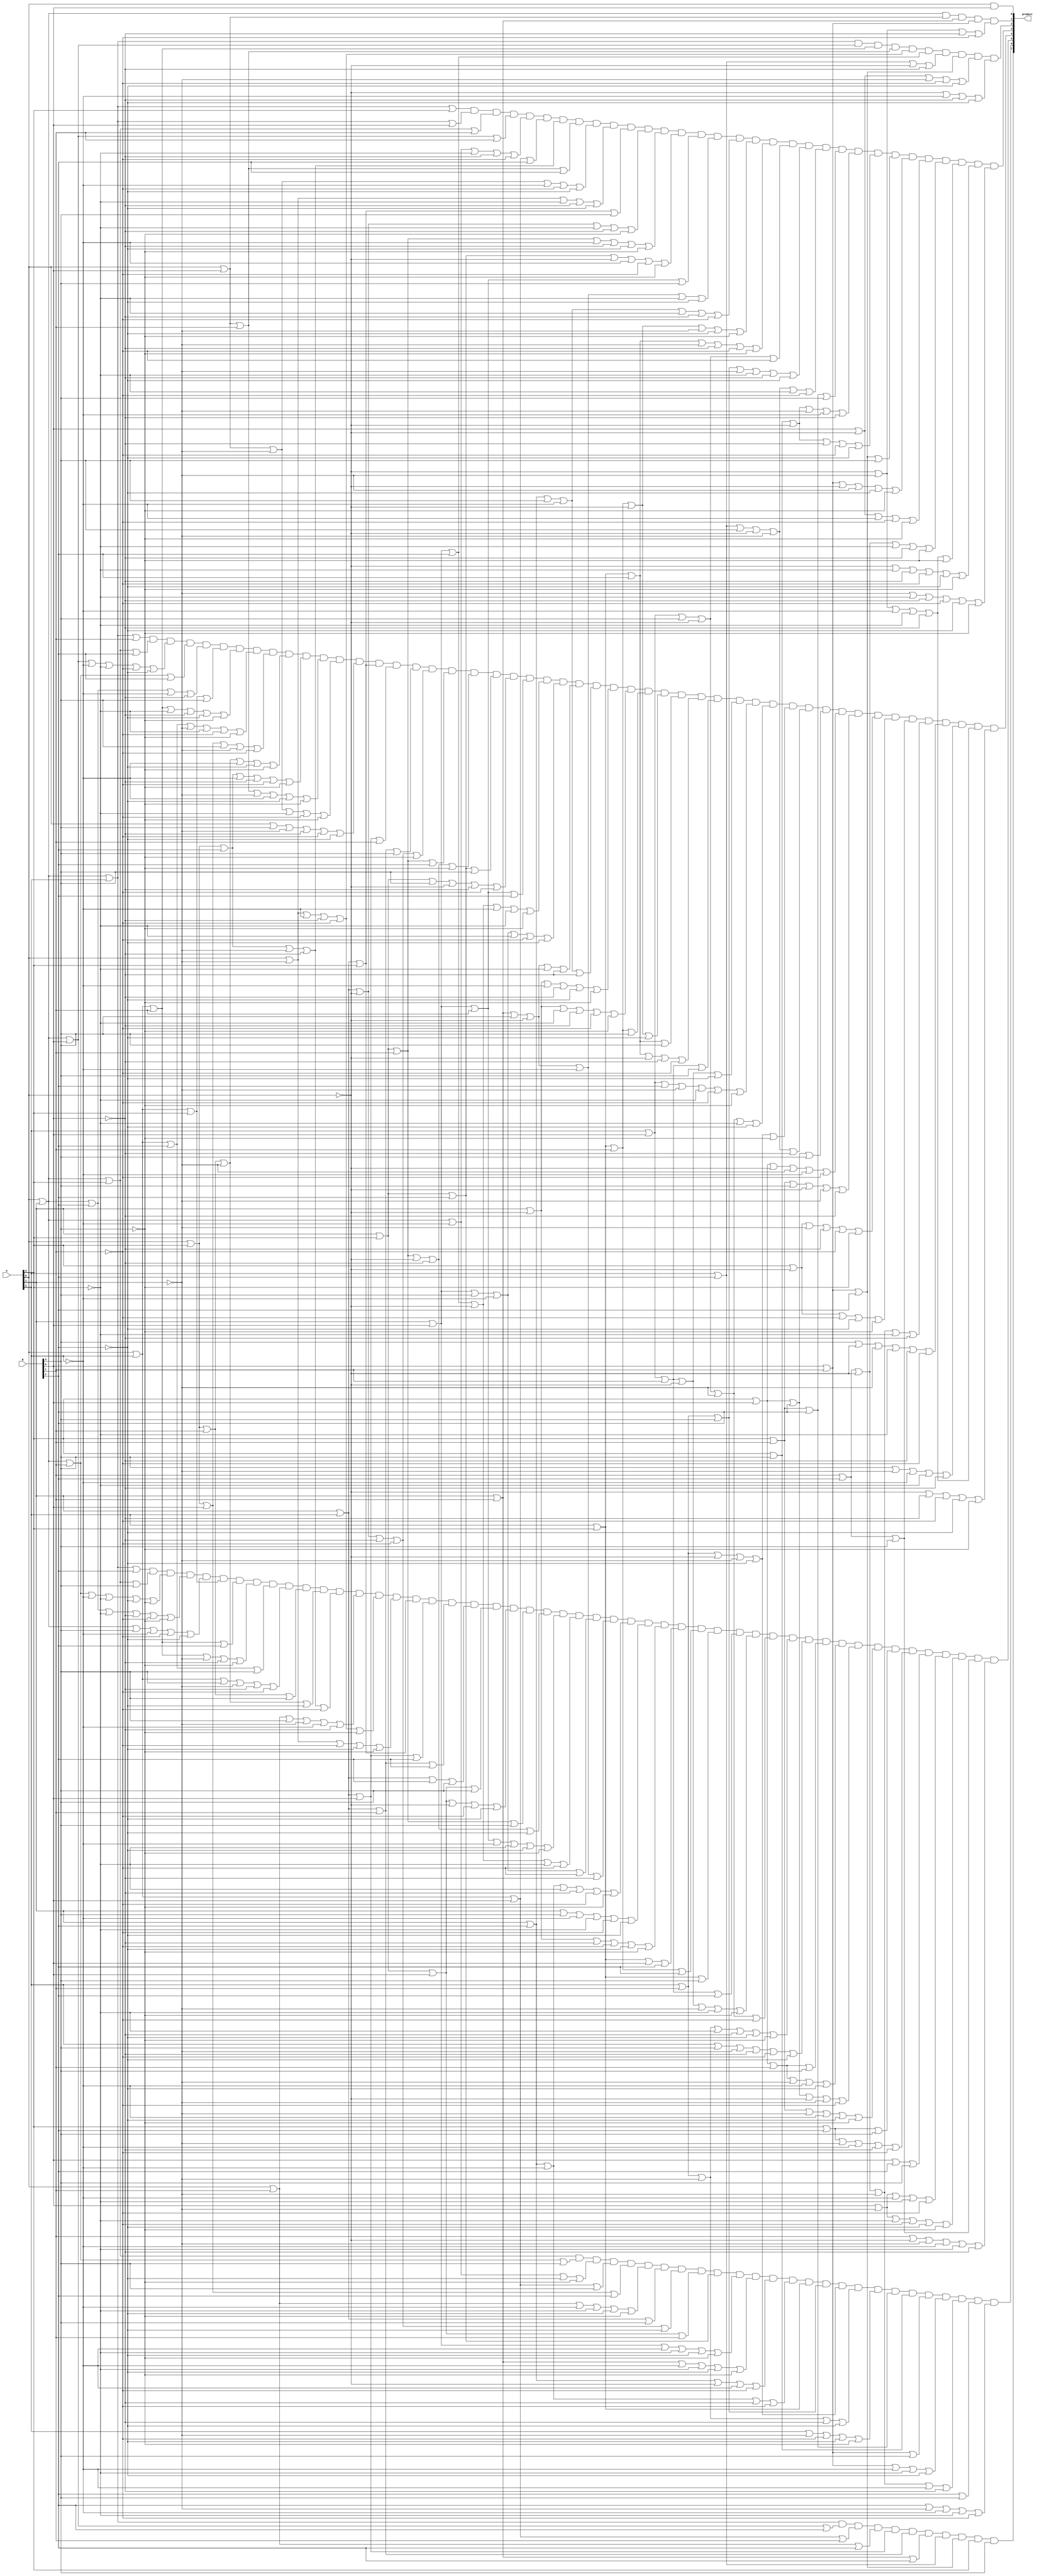
/*
 * Area: 899.648079
 * Power: 0.2020mW
 * Timing: 0.60
 */
module reduced_multiplier_4(output wire [7:0] product,
                            input wire [3:0] A, B);

    assign product[0] = A[0] & B[0];
    assign product[1] = (A[0] | A[1]) & (A[0] | B[0]) & (A[1] | B[1]) & (B[0] | B[1]) & (~A[0] | ~A[1] | ~B[0] | ~B[1]);
    assign product[2] = (A[0] | A[1] | A[2]) & (A[0] | A[1] | B[0]) & (A[0] | A[2] | B[1]) & (A[0] | B[0] | B[1]) & (A[0] | ~A[1] | ~A[2] | ~B[0] | ~B[1]) & (A[1] | B[0] | B[2]) & (A[2] | B[2] | ~A[0] | ~B[0]) & (B[0] | B[1] | B[2]) & (B[0] | ~A[0] | ~A[1] | ~B[1] | ~B[2]) & (~A[0] | ~A[2] | ~B[0] | ~B[2]);
    assign product[3] = (A[0] | A[1] | A[2] | A[3]) & (A[0] | A[1] | A[2] | B[0]) & (A[0] | A[1] | A[3] | B[1]) & (A[0] | A[1] | B[0] | B[1]) & (A[0] | A[1] | ~A[2] | ~A[3] | ~B[0] | ~B[1]) & (A[0] | A[2] | B[0] | B[2]) & (A[0] | A[3] | B[2] | ~A[1] | ~B[0]) & (A[0] | B[0] | B[1] | B[2]) & (A[0] | B[0] | ~A[1] | ~A[2] | ~B[1] | ~B[2]) & (A[0] | ~A[1] | ~A[3] | ~B[0] | ~B[2]) & (A[1] | A[2] | A[3] | B[3]) & (A[1] | A[2] | ~A[0] | ~A[3] | ~B[0] | ~B[3]) & (A[1] | A[3] | B[1] | ~A[2] | ~B[0] | ~B[2] | ~B[3]) & (A[1] | A[3] | B[2] | ~A[0] | ~A[2] | ~B[1] | ~B[3]) & (A[1] | B[0] | B[1] | B[3]) & (A[1] | B[1] | B[3] | ~A[0] | ~A[2] | ~A[3] | ~B[2]) & (A[1] | B[2] | B[3] | ~A[2] | ~A[3] | ~B[0] | ~B[1]) & (A[2] | A[3] | B[1] | ~A[0] | ~A[1] | ~B[2] | ~B[3]) & (A[2] | A[3] | B[2] | ~A[1] | ~B[0] | ~B[1] | ~B[3]) & (A[2] | B[0] | B[3] | ~A[0] | ~B[1]) & (A[2] | B[1] | B[3] | ~A[1] | ~A[3] | ~B[0] | ~B[2]) & (A[2] | B[2] | B[3] | ~A[0] | ~A[1] | ~A[3] | ~B[1]) & (A[3] | B[1] | B[2] | B[3]) & (A[3] | B[3] | ~A[0] | ~A[1] | ~A[2] | ~B[0]) & (A[3] | B[3] | ~A[0] | ~B[0] | ~B[1] | ~B[2]) & (B[0] | B[1] | B[2] | B[3]) & (B[0] | B[1] | ~A[0] | ~A[1] | ~B[2] | ~B[3]) & (B[0] | ~A[0] | ~A[2] | ~B[1] | ~B[3]) & (B[1] | B[2] | ~A[0] | ~A[3] | ~B[0] | ~B[3]) & (~A[0] | ~A[1] | ~A[2] | ~A[3] | ~B[0] | ~B[3]) & (~A[0] | ~A[3] | ~B[0] | ~B[1] | ~B[2] | ~B[3]) & (~A[1] | ~A[3] | ~B[0] | ~B[1] | ~B[2] | ~B[3]);
    assign product[4] = (A[0] | A[1] | A[2] | B[1]) & (A[0] | A[1] | A[3] | B[2]) & (A[0] | A[1] | B[0] | ~A[2] | ~A[3] | ~B[1] | ~B[2]) & (A[0] | A[1] | B[1] | B[2]) & (A[0] | A[1] | B[2] | ~A[2] | ~B[0]) & (A[0] | A[2] | A[3] | B[3]) & (A[0] | A[2] | B[1] | ~A[3] | ~B[0] | ~B[2] | ~B[3]) & (A[0] | A[2] | B[2] | ~A[1] | ~A[3] | ~B[1] | ~B[3]) & (A[0] | A[3] | B[0] | B[3] | ~A[1] | ~B[1]) & (A[0] | A[3] | B[1] | ~A[1] | ~A[2] | ~B[2] | ~B[3]) & (A[0] | A[3] | B[2] | ~A[2] | ~B[0] | ~B[1] | ~B[3]) & (A[0] | B[0] | B[1] | ~A[1] | ~A[2] | ~B[2] | ~B[3]) & (A[0] | B[0] | ~A[1] | ~A[3] | ~B[1] | ~B[3]) & (A[0] | B[3] | ~A[1] | ~B[0] | ~B[1] | ~B[2]) & (A[1] | A[2] | A[3]) & (A[1] | A[2] | B[0] | B[1]) & (A[1] | A[2] | B[1] | B[3]) & (A[1] | A[2] | ~A[0] | ~B[0] | ~B[1] | ~B[3]) & (A[1] | A[3] | B[1] | B[2]) & (A[1] | A[3] | B[1] | ~A[0] | ~B[0] | ~B[3]) & (A[1] | A[3] | B[2] | B[3]) & (A[1] | A[3] | B[3] | ~A[0] | ~B[0] | ~B[1]) & (A[1] | B[0] | B[1] | B[2]) & (A[1] | B[0] | B[2] | ~A[0] | ~A[2] | ~A[3] | ~B[3]) & (A[1] | B[0] | B[3] | ~A[2] | ~A[3] | ~B[1] | ~B[2]) & (A[1] | B[1] | B[3] | ~A[0] | ~A[3] | ~B[0]) & (A[1] | B[2] | B[3] | ~A[2] | ~B[0]) & (A[1] | ~A[0] | ~A[2] | ~B[0] | ~B[2] | ~B[3]) & (A[1] | ~A[0] | ~A[3] | ~B[0] | ~B[1] | ~B[3]) & (A[2] | A[3] | B[1] | B[3]) & (A[2] | A[3] | B[1] | ~A[0] | ~B[2]) & (A[2] | A[3] | B[2] | B[3]) & (A[2] | A[3] | B[2] | ~A[0] | ~B[0] | ~B[1]) & (A[2] | B[0] | B[1] | B[3]) & (A[2] | B[0] | B[1] | ~A[0] | ~B[2]) & (A[2] | B[0] | B[2] | ~A[1] | ~A[3] | ~B[1] | ~B[3]) & (A[2] | B[0] | B[3] | ~A[0] | ~A[1] | ~A[3] | ~B[2]) & (A[2] | B[1] | ~A[0] | ~A[1] | ~B[2] | ~B[3]) & (A[2] | B[2] | B[3] | ~A[0] | ~A[1] | ~B[0]) & (A[3] | B[0] | B[2] | B[3]) & (A[3] | B[0] | ~A[0] | ~A[1] | ~A[2] | ~B[1]) & (A[3] | B[1] | B[3] | ~A[0] | ~A[1] | ~B[0]) & (A[3] | ~A[0] | ~A[1] | ~B[0] | ~B[1] | ~B[3]) & (A[3] | ~A[0] | ~B[1] | ~B[2] | ~B[3]) & (B[1] | B[2] | B[3]) & (B[1] | B[2] | ~A[0] | ~A[1] | ~A[3] | ~B[0]) & (B[3] | ~A[0] | ~A[1] | ~A[3] | ~B[0] | ~B[1]) & (B[3] | ~A[1] | ~A[2] | ~A[3] | ~B[0]) & (~A[0] | ~A[1] | ~A[2] | ~A[3] | ~B[0]) & (~A[0] | ~B[0] | ~B[1] | ~B[2] | ~B[3]);
    assign product[5] = (A[0] | A[1] | A[2] | B[2]) & (A[0] | A[1] | A[3] | B[3]) & (A[0] | A[1] | B[1] | ~A[2] | ~A[3] | ~B[2] | ~B[3]) & (A[0] | A[1] | B[2] | ~A[3] | ~B[0] | ~B[1] | ~B[3]) & (A[0] | A[1] | B[3] | ~A[2] | ~B[1] | ~B[2]) & (A[0] | A[2] | A[3]) & (A[0] | A[2] | B[1] | B[2]) & (A[0] | A[2] | B[1] | ~A[1] | ~B[0] | ~B[3]) & (A[0] | A[2] | B[2] | B[3]) & (A[0] | A[2] | B[3] | ~A[1] | ~B[0] | ~B[1]) & (A[0] | A[3] | B[1] | B[3]) & (A[0] | A[3] | B[1] | ~A[1] | ~B[2]) & (A[0] | A[3] | B[2] | ~A[1] | ~B[0] | ~B[1]) & (A[0] | B[1] | B[3] | ~A[1] | ~A[2] | ~B[0]) & (A[0] | ~A[1] | ~A[2] | ~B[0] | ~B[1] | ~B[3]) & (A[0] | ~A[1] | ~B[1] | ~B[2] | ~B[3]) & (A[1] | A[2] | A[3]) & (A[1] | A[2] | B[0] | B[2]) & (A[1] | A[2] | B[1] | B[2]) & (A[1] | A[2] | B[2] | B[3]) & (A[1] | A[3] | B[0] | B[3]) & (A[1] | A[3] | B[0] | ~A[0] | ~B[1] | ~B[2]) & (A[1] | A[3] | B[1] | B[3]) & (A[1] | A[3] | B[1] | ~A[0] | ~B[0] | ~B[2]) & (A[1] | B[0] | B[1] | ~A[2] | ~A[3] | ~B[2] | ~B[3]) & (A[1] | B[0] | B[2] | ~A[0] | ~A[3] | ~B[1]) & (A[1] | B[0] | B[3] | ~A[2] | ~B[1]) & (A[1] | B[1] | B[3] | ~A[0] | ~A[2] | ~B[0]) & (A[1] | B[2] | ~A[2] | ~A[3] | ~B[0] | ~B[1] | ~B[3]) & (A[1] | B[3] | ~A[2] | ~A[3] | ~B[1] | ~B[2]) & (A[1] | ~A[0] | ~B[0] | ~B[1] | ~B[2] | ~B[3]) & (A[2] | A[3] | B[0] | B[2]) & (A[2] | A[3] | B[1] | B[2]) & (A[2] | A[3] | B[3]) & (A[2] | B[0] | B[1] | B[2]) & (A[2] | B[0] | B[1] | ~A[0] | ~A[1] | ~A[3] | ~B[3]) & (A[2] | B[0] | B[3] | ~A[0] | ~A[1] | ~B[1]) & (A[2] | B[1] | ~A[1] | ~A[3] | ~B[0] | ~B[2] | ~B[3]) & (A[2] | B[3] | ~A[1] | ~B[0] | ~B[1] | ~B[2]) & (A[3] | B[0] | B[1] | B[3]) & (A[3] | B[0] | B[1] | ~A[1] | ~A[2] | ~B[2]) & (A[3] | B[0] | B[2] | ~A[0] | ~A[1] | ~B[1]) & (A[3] | B[1] | ~A[1] | ~A[2] | ~B[2] | ~B[3]) & (A[3] | B[2] | B[3]) & (A[3] | B[2] | ~A[1] | ~A[2] | ~B[0] | ~B[1]) & (B[0] | B[2] | B[3]) & (B[0] | ~A[1] | ~A[2] | ~A[3] | ~B[1]) & (B[0] | ~A[1] | ~A[3] | ~B[1] | ~B[2] | ~B[3]) & (B[1] | B[2] | B[3]) & (B[1] | ~A[0] | ~A[1] | ~A[2] | ~A[3] | ~B[0]);
    assign product[6] = (A[0] | A[1] | A[3]) & (A[0] | A[1] | B[1] | B[3]) & (A[0] | A[1] | ~A[2] | ~B[2] | ~B[3]) & (A[0] | A[2] | B[0] | B[3]) & (A[0] | A[3] | B[0] | B[2]) & (A[0] | B[1] | ~A[2] | ~A[3] | ~B[2] | ~B[3]) & (A[1] | A[2] | B[3]) & (A[1] | A[2] | ~A[0] | ~B[0] | ~B[1] | ~B[2]) & (A[1] | A[3] | B[0] | B[1]) & (A[1] | A[3] | B[2]) & (A[1] | B[0] | ~A[2] | ~A[3] | ~B[2] | ~B[3]) & (A[1] | B[1] | ~A[2] | ~A[3] | ~B[2] | ~B[3]) & (A[1] | B[2] | ~A[0] | ~A[2] | ~B[1]) & (A[1] | B[2] | ~A[2] | ~B[0] | ~B[1]) & (A[2] | A[3]) & (A[2] | B[1] | B[3]) & (A[2] | B[1] | ~A[0] | ~A[1] | ~B[2]) & (A[2] | B[1] | ~A[1] | ~B[0] | ~B[2]) & (A[2] | ~A[1] | ~B[1] | ~B[2] | ~B[3]) & (A[3] | B[1] | B[2]) & (A[3] | B[3]) & (B[0] | B[1] | B[3]) & (B[0] | B[1] | ~A[2] | ~A[3] | ~B[2]) & (B[1] | B[2] | ~A[0] | ~A[1] | ~A[2] | ~B[0]) & (B[2] | B[3]) & (B[2] | ~A[1] | ~A[2] | ~A[3] | ~B[1]);
    assign product[7] = (A[0] | A[1] | A[2]) & (A[0] | A[1] | B[0] | B[2]) & (A[0] | A[2] | B[0] | B[1]) & (A[0] | B[1] | B[2]) & (A[1] | A[2] | B[0]) & (A[1] | A[2] | B[1]) & (A[1] | B[1] | B[2]) & (A[2] | B[2]) & (B[0] | B[1] | B[2]) & A[3] & B[3];


endmodule